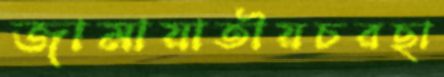
জামায়াতীয়চরছা